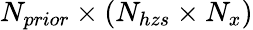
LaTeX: N_{prior}\times\left(N_{hzs}\times N_{x}\right)